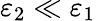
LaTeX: \varepsilon_{2}\ll\varepsilon_{1}